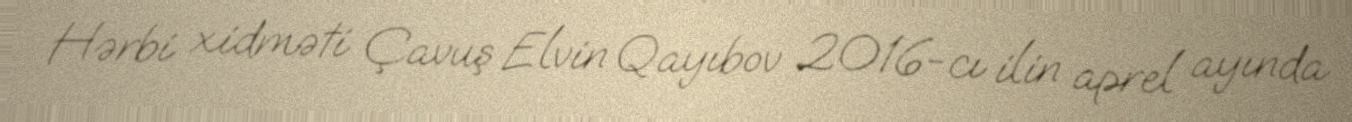
Hərbi xidməti Çavuş Elvin Qayıbov 2016-cı ilin aprel ayında